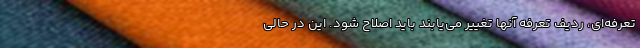
تعرفه‌ای، ردیف تعرفه آنها تغییر می‌یابند باید اصلاح شود. این در حالی